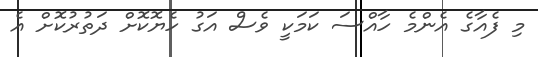
މި ފެއާގެ އެންމެ ހާއްސަ ކަމަކީ ވެސް އަގު ހެޔޮކޮށް ދަތުރުކޮށް އެ